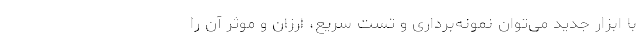
با ابزار جدید می‌توان نمونه‌برداری و تست سریع، ارزان و موثر آن را